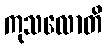
ကုသလောတိ